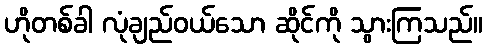
ဟိုတစ်ခါ လုံချည်ဝယ်သော ဆိုင်ကို သွားကြသည်။